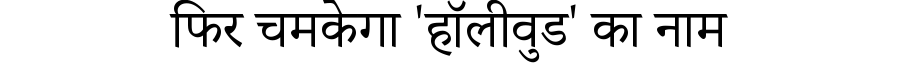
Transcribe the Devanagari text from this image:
फिर चमकेगा 'हॉलीवुड' का नाम